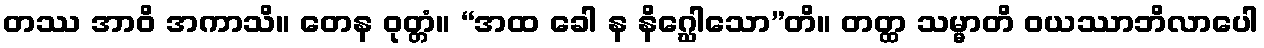
တဿ အာဝိ အကာသိ။ တေန ဝုတ္တံ။ “အထ ခေါ န နိဂ္ဃေါသော”တိ။ တတ္ထ သမ္မာတိ ဝယဿာဘိလာပေါ